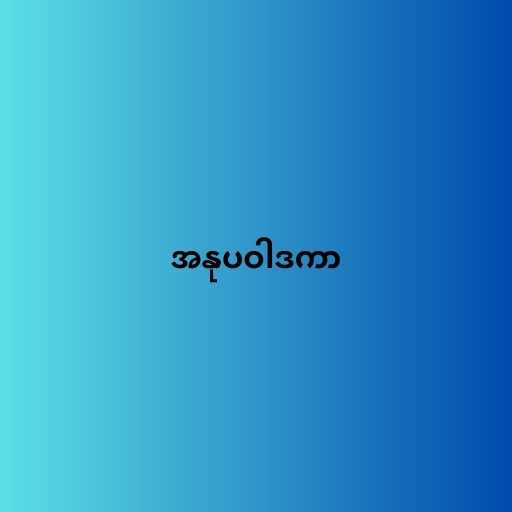
အနုပဝါဒကာ